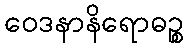
ဝေဒနာနိရောဓဉ္စ